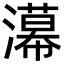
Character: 濗